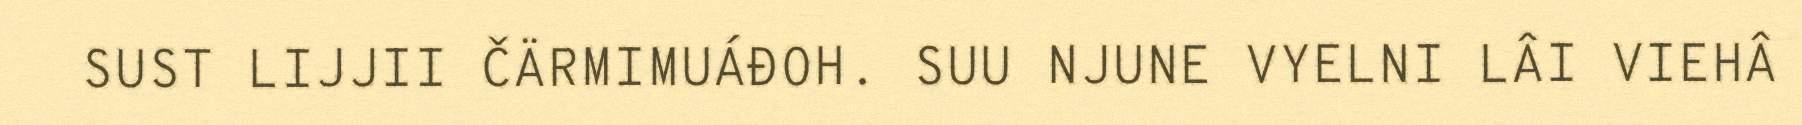
SUST LIJJII ČÄRMIMUÁĐOH. SUU NJUNE VYELNI LÂI VIEHÂ